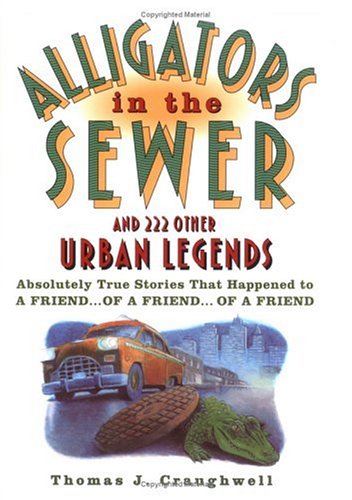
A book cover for Alligators in the Sewer and 222 Other Urban Legends: Absolutely True Stories that Happened to a Friend...of a Friend...of a Friend; Thomas J. Craughwell; Humor & Entertainment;